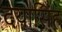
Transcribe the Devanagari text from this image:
दयासिंह